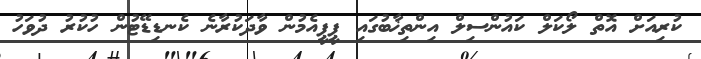
ކުރިއަށް އޮތް ލޯކަލް ކައުންސިލް އިންތިޚާބުގައި ޕީޕީއެމުން ވާދަކުރާނެ ކެނޑިޑޭޓުން ހުކުރު ދުވަހު